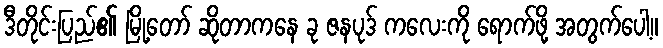
ဒီတိုင်းပြည်၏ မြို့တော် ဆိုတာကနေ ခု ဇနပုဒ် ကလေးကို ရောက်ဖို့ အတွက်ပေါ့။